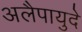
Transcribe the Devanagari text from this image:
अलैपायुदे